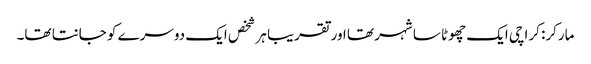
مارکر: کراچی ایک چھوٹا سا شہر تھا اور تقریبا ہر شخص ایک دوسرے کو جانتا تھا۔